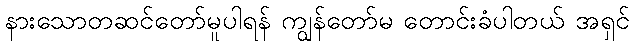
နားသောတဆင်တော်မူပါရန် ကျွန်တော်မ တောင်းခံပါတယ် အရှင်